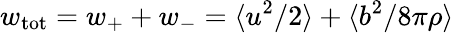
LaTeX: w_{\mathrm{tot}}=w_{+}+w_{-}=\langle u^{2}/2\rangle+\langle b^{2}/8\pi\rho\rangle